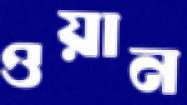
ওয়ান